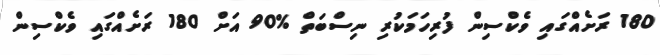
180 ރަށެއްގައި ވެކްސިން ފުރިހަމަކުރި ނިސްބަތް %90 އަށް 180 ރަށެއްގައި ވެކްސިން